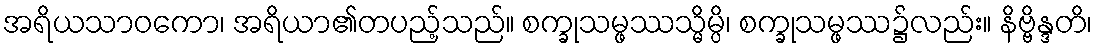
အရိယသာဝကော၊ အရိယာ၏တပည့်သည်။ စက္ခုသမ္ဖဿသ္မိမ္ပိ၊ စက္ခုသမ္ဖဿ၌လည်း။ နိဗ္ဗိန္ဒတိ၊